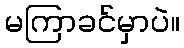
မကြာခင်မှာပဲ။